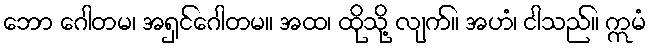
ဘော ဂေါတမ၊ အရှင်ဂေါတမ။ အထ၊ ထိုသို့ လျက်။ အဟံ၊ ငါသည်။ ဣမံ